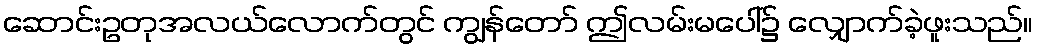
ဆောင်းဥတုအလယ်လောက်တွင် ကျွန်တော် ဤလမ်းမပေါ်၌ လျှောက်ခဲ့ဖူးသည်။